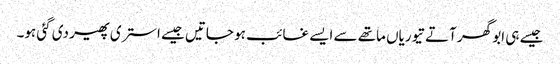
جیسے ہی ابو گھر آتے تیوریاں ماتھے سے ایسے غائب ہو جاتیں جیسے استری پھیر دی گئی ہو۔